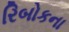
રિબોકના